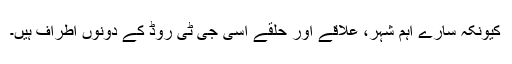
کیونکہ سارے اہم شہر، علاقے اور حلقے اسی جی ٹی روڈ کے دونوں اطراف ہیں۔